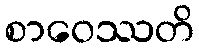
စာဝေဿတိ